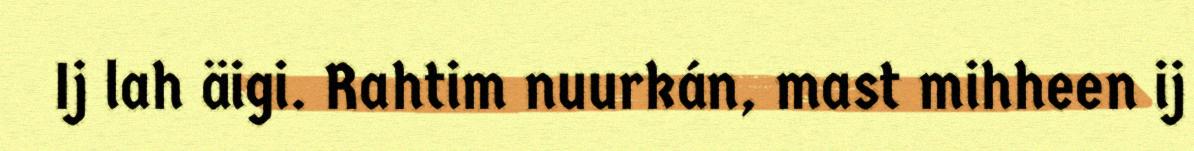
Ij lah äigi. Rahtim nuurkán, mast mihheen ij